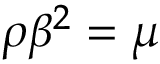
\rho \beta ^ { 2 } = \mu